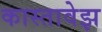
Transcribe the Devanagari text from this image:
कास्तावेझ